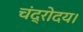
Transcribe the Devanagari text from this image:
चंद्रोदय।